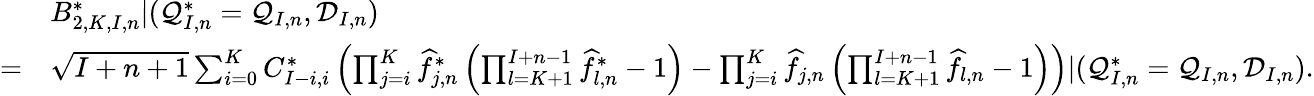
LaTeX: \begin{array}{rl}&{B_{2,K,I,n}^{*}|(\mathcal{Q}_{I,n}^{*}=\mathcal{Q}_{I,n},\mathcal{D}_{I,n})}\\ {=}&{\sqrt{I+n+1}\sum_{i=0}^{K}C_{I-i,i}^{*}\left(\prod_{j=i}^{K}\widehat{f}_{j,n}^{*}\left(\prod_{l=K+1}^{I+n-1}\widehat{f}_{l,n}^{*}-1\right)-\prod_{j=i}^{K}\widehat{f}_{j,n}\left(\prod_{l=K+1}^{I+n-1}\widehat f_{l,n}-1\right)\right)|(\mathcal{Q}_{I,n}^{*}=\mathcal{Q}_{I,n},\mathcal{D}_{I,n}).}\end{array}